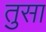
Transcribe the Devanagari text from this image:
तुसा